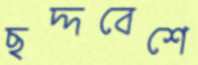
ছদ্দবেশে